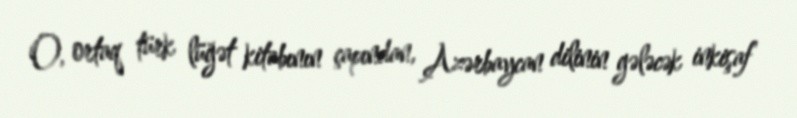
O, ortaq türk lüğət kitabının çapından, Azərbaycan dilinin gələcək inkişaf